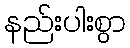
နည်းပါးစွာ